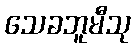
သေခဘူမီသု